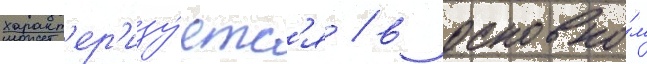
характ'ер'изу́етс'я / в основно́м